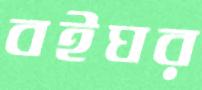
বইঘর